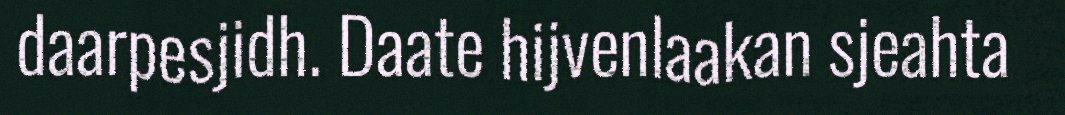
daarpesjidh. Daate hijvenlaakan sjeahta